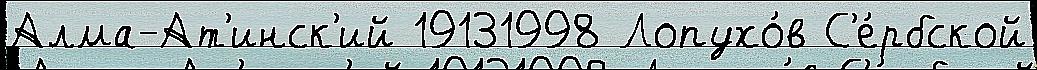
Алма-Ат'инск'ий 19131998 Лопухо́в С'е́рбской